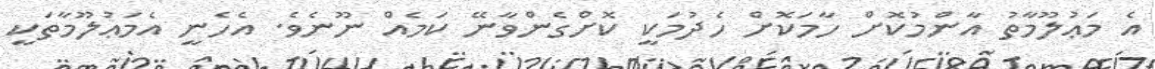
އެ މަޢުލޫމާތު އާންމުކޮށް ހާމަކޮށް ހެދުމަކީ ކޮށްގެންވާނޭ ކަމެއް ނޫނެވެ. އެހެނީ އެމަޢުލޫމާތަކީ